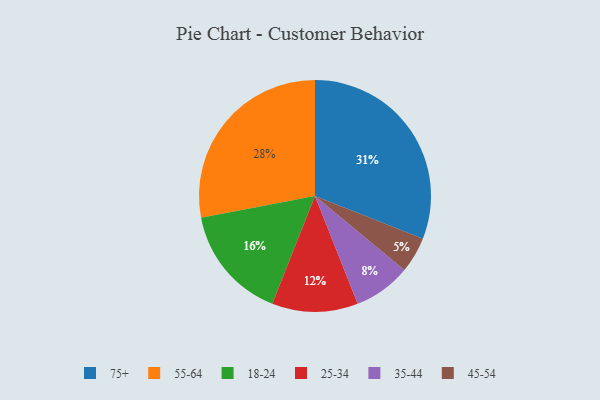
{"axis": {"x": "Category", "y": "Percentage"}, "legend": ["18-24", "25-34", "35-44", "45-54", "55-64", "75+"], "data": [{"x": "35-44", "y": 8, "type": "35-44"}, {"x": "45-54", "y": 5, "type": "45-54"}, {"x": "55-64", "y": 28, "type": "55-64"}, {"x": "25-34", "y": 12, "type": "25-34"}, {"x": "18-24", "y": 16, "type": "18-24"}, {"x": "75+", "y": 31, "type": "75+"}]}